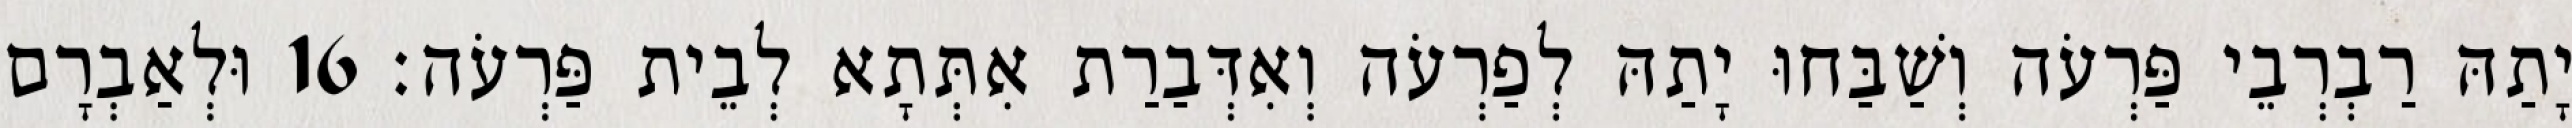
יָתַהּ רַבְרְבֵי פַּרְעֹה וְשַׁבַּחוּ יָתַהּ לְפַרְעֹה וְאִדְּבַרַת אִתְּתָא לְבֵית פַּרְעֹה׃ 16 וּלְאַבְרָם